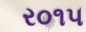
ર૦૧૫